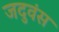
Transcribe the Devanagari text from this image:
जदुवंस